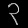
Digit: ၃